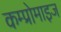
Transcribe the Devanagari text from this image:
कम्प्रोमाइज